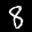
Label: 8